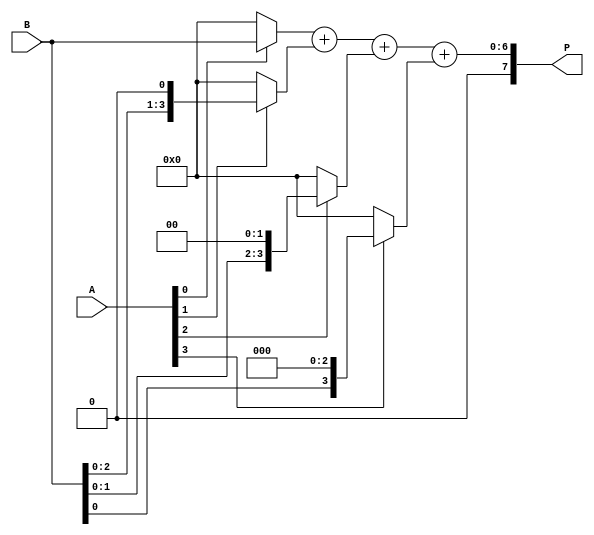
module VedicMultiplier (
    input  [3:0] A,  // First operand
    input  [3:0] B,  // Second operand
    output [7:0] P   // Product of A and B
);

    wire [3:0] pp0, pp1, pp2, pp3; // Partial products
    wire [7:0] sum1, sum2; // Intermediate sums

    // Generate Partial Products
    assign pp0 = A[0] ? B : 4'b0000; // A[0] * B
    assign pp1 = A[1] ? (B << 1) : 4'b0000; // A[1] * B shifted left by 1
    assign pp2 = A[2] ? (B << 2) : 4'b0000; // A[2] * B shifted left by 2
    assign pp3 = A[3] ? (B << 3) : 4'b0000; // A[3] * B shifted left by 3

    // Stage 1: Sum of partial products
    assign sum1 = pp0 + pp1; // Sum first two partial products
    assign sum2 = sum1 + pp2; // Add the next partial product
    assign P = sum2 + pp3; // Final addition with last partial product

endmodule